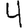
Digit: 4